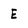
Character: E